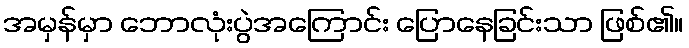
အမှန်မှာ ဘောလုံးပွဲအကြောင်း ပြောနေခြင်းသာ ဖြစ်၏။